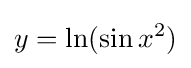
y=\ln(\sin x^{2})